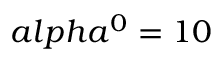
a l p h a ^ { 0 } = 1 0